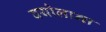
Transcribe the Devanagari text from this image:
वयोलान्त